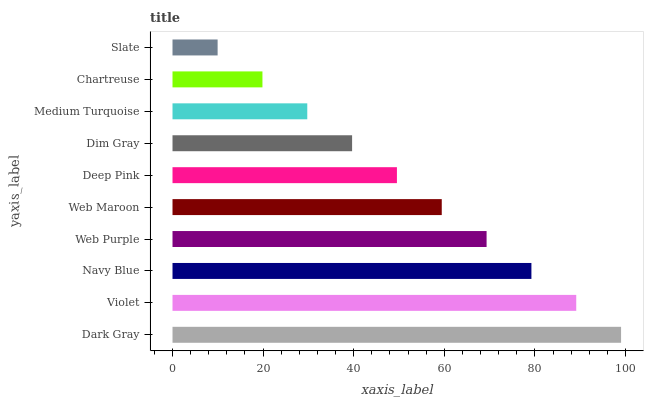
| yaxis_label | bars |
 | --- | --- |
 | Dark Gray | 99 |
 | Violet | 89.1 |
 | Navy Blue | 79.2 |
 | Web Purple | 69.3 |
 | Web Maroon | 59.4 |
 | Deep Pink | 49.5 |
 | Dim Gray | 39.6 |
 | Medium Turquoise | 29.7 |
 | Chartreuse | 19.9 |
 | Slate | 9.96 |